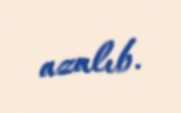
azalıb.